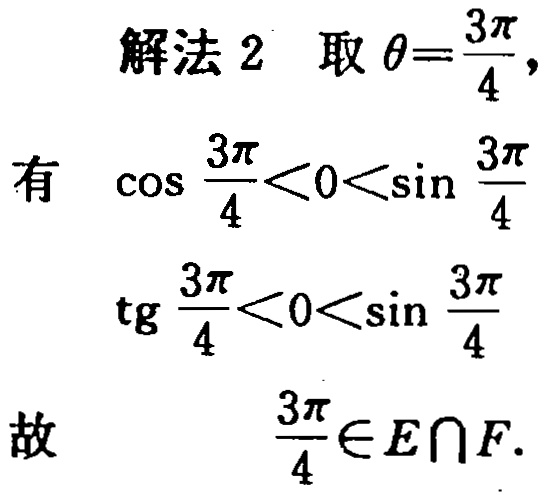
解法 2 取 $\theta=\frac{3\pi}{4}$,
有 $\cos\frac{3\pi}{4}<0<\sin\frac{3\pi}{4}$
$\text{tg}\frac{3\pi}{4}<0<\sin\frac{3\pi}{4}$
故 $\frac{3\pi}{4}\in E\cap F$.